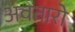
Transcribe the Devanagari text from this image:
अवतारो